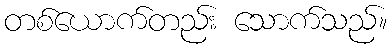
တစ်ယောက်တည်း သောက်သည်။